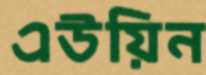
এউয়িন